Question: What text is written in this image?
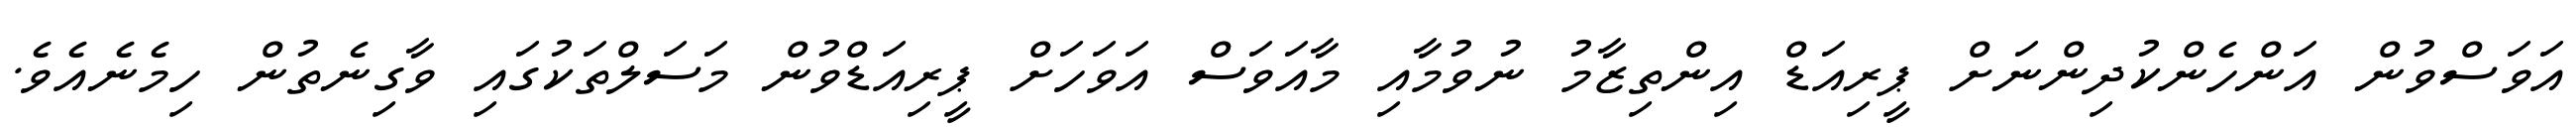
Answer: އަވަސްވުން އަންހެންކުދިންނަށް ޕީރިއަޑް އިންތިޒާމު ނުވުމާއި މާއަވަސް އަވަހަށް ޕީރިއަޑްވުން މަސަލްތަކުގައި ވާގިނެތުން ހިމެނެއެވެ.